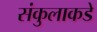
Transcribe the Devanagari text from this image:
संकुलाकडे